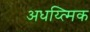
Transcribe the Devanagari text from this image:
अधय्त्मिक